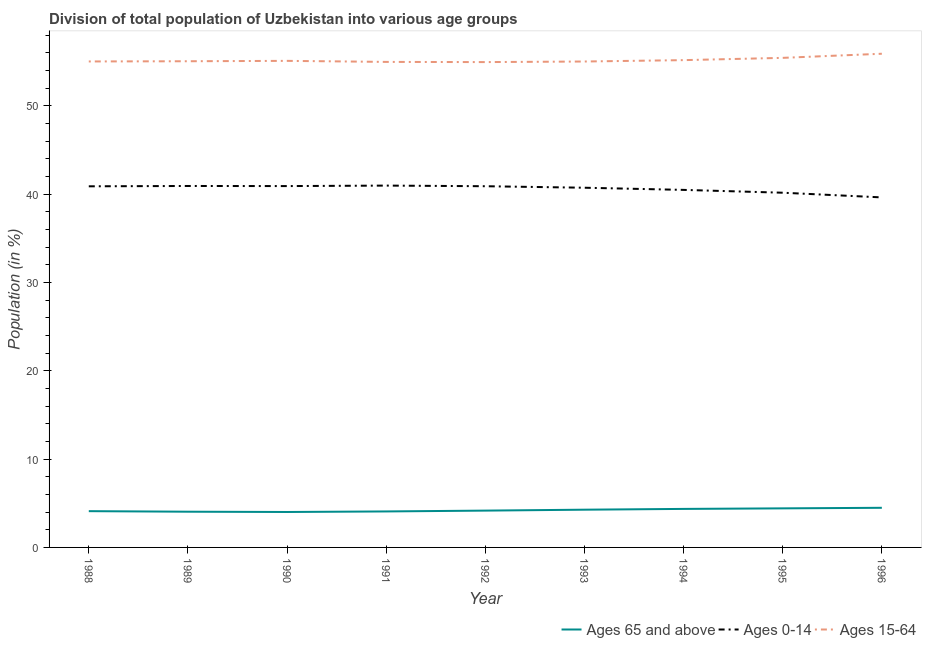
| Year | Ages 65 and above | Ages 0-14 | Ages 15-64 |
 | --- | --- | --- | --- |
 | 1988 | 4.11 | 40.9 | 55 |
 | 1989 | 4.04 | 40.9 | 55 |
 | 1990 | 4.01 | 40.9 | 55.1 |
 | 1991 | 4.07 | 41 | 55 |
 | 1992 | 4.17 | 40.9 | 54.9 |
 | 1993 | 4.27 | 40.7 | 55 |
 | 1994 | 4.36 | 40.5 | 55.2 |
 | 1995 | 4.42 | 40.2 | 55.4 |
 | 1996 | 4.49 | 39.6 | 55.9 |